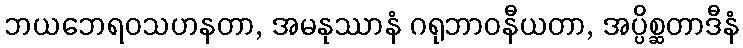
ဘယဘေရဝသဟနတာ, အမနုဿာနံ ဂရုဘာဝနီယတာ, အပ္ပိစ္ဆတာဒီနံ